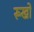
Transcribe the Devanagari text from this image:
रूखो